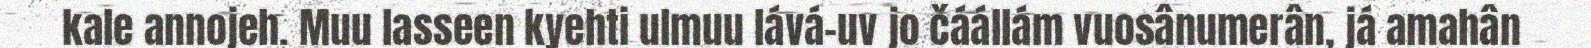
kale annojeh. Muu lasseen kyehti ulmuu lává-uv jo čáállám vuosânumerân, já amahân